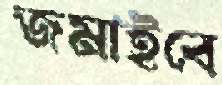
জমাইবে